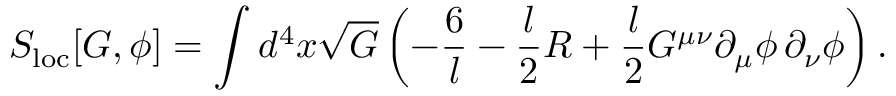
S _ { \mathrm { l o c } } [ G , \phi ] = \int d ^ { 4 } x \sqrt { G } \left( - \frac { 6 } { l } - { \frac { l } { 2 } } R + { \frac { l } { 2 } } G ^ { \mu \nu } \partial _ { \mu } \phi \, \partial _ { \nu } \phi \right) .